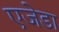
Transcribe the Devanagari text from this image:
एजेडा